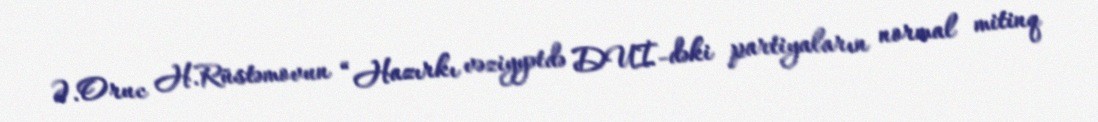
Ə.Oruc H.Rüstəmovun “Hazırkı vəziyyətdə DUİ-dəki partiyaların normal mitinq